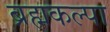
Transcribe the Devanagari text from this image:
ब्रह्मकल्पा